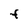
Character: f